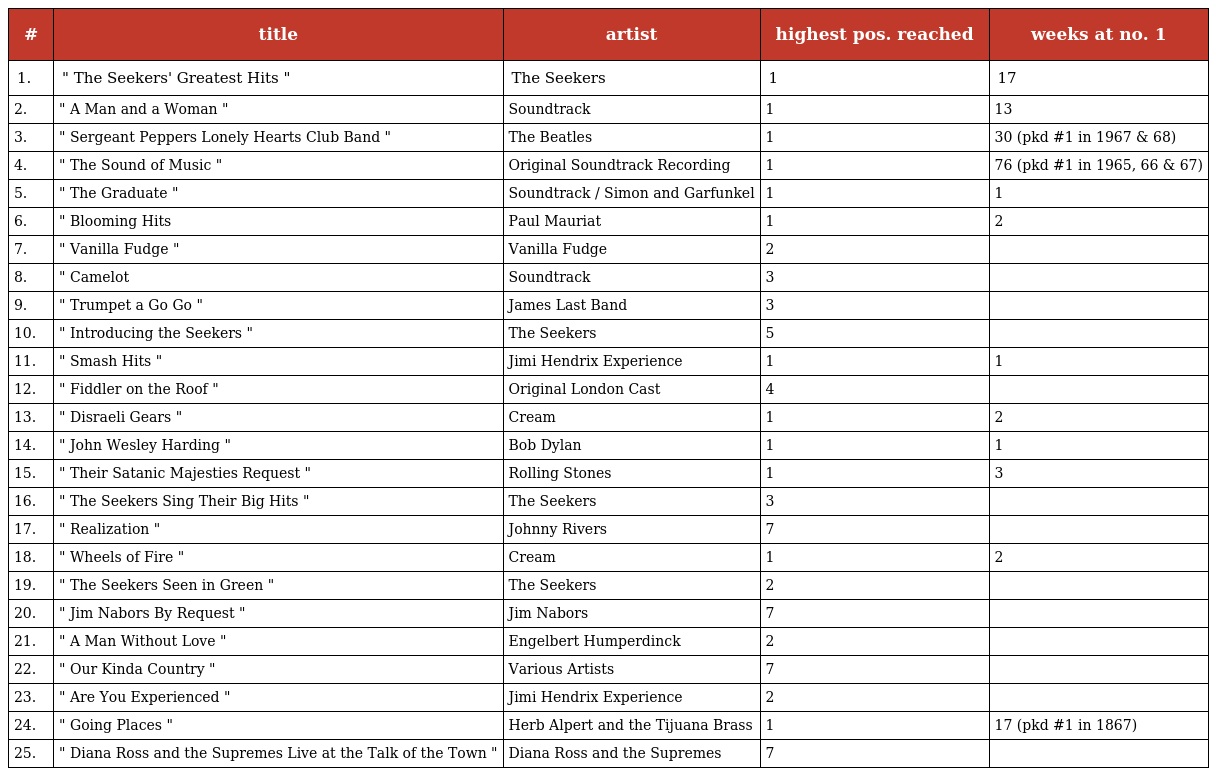
| # | title | artist | highest pos. reached | weeks at no. 1 |
 | --- | --- | --- | --- | --- |
 | 1. | " The Seekers' Greatest Hits " | The Seekers | 1 | 17 |
 | 2. | " A Man and a Woman " | Soundtrack | 1 | 13 |
 | 3. | " Sergeant Peppers Lonely Hearts Club Band " | The Beatles | 1 | 30 (pkd #1 in 1967 & 68) |
 | 4. | " The Sound of Music " | Original Soundtrack Recording | 1 | 76 (pkd #1 in 1965, 66 & 67) |
 | 5. | " The Graduate " | Soundtrack / Simon and Garfunkel | 1 | 1 |
 | 6. | " Blooming Hits | Paul Mauriat | 1 | 2 |
 | 7. | " Vanilla Fudge " | Vanilla Fudge | 2 |  |
 | 8. | " Camelot | Soundtrack | 3 |  |
 | 9. | " Trumpet a Go Go " | James Last Band | 3 |  |
 | 10. | " Introducing the Seekers " | The Seekers | 5 |  |
 | 11. | " Smash Hits " | Jimi Hendrix Experience | 1 | 1 |
 | 12. | " Fiddler on the Roof " | Original London Cast | 4 |  |
 | 13. | " Disraeli Gears " | Cream | 1 | 2 |
 | 14. | " John Wesley Harding " | Bob Dylan | 1 | 1 |
 | 15. | " Their Satanic Majesties Request " | Rolling Stones | 1 | 3 |
 | 16. | " The Seekers Sing Their Big Hits " | The Seekers | 3 |  |
 | 17. | " Realization " | Johnny Rivers | 7 |  |
 | 18. | " Wheels of Fire " | Cream | 1 | 2 |
 | 19. | " The Seekers Seen in Green " | The Seekers | 2 |  |
 | 20. | " Jim Nabors By Request " | Jim Nabors | 7 |  |
 | 21. | " A Man Without Love " | Engelbert Humperdinck | 2 |  |
 | 22. | " Our Kinda Country " | Various Artists | 7 |  |
 | 23. | " Are You Experienced " | Jimi Hendrix Experience | 2 |  |
 | 24. | " Going Places " | Herb Alpert and the Tijuana Brass | 1 | 17 (pkd #1 in 1867) |
 | 25. | " Diana Ross and the Supremes Live at the Talk of the Town " | Diana Ross and the Supremes | 7 |  |